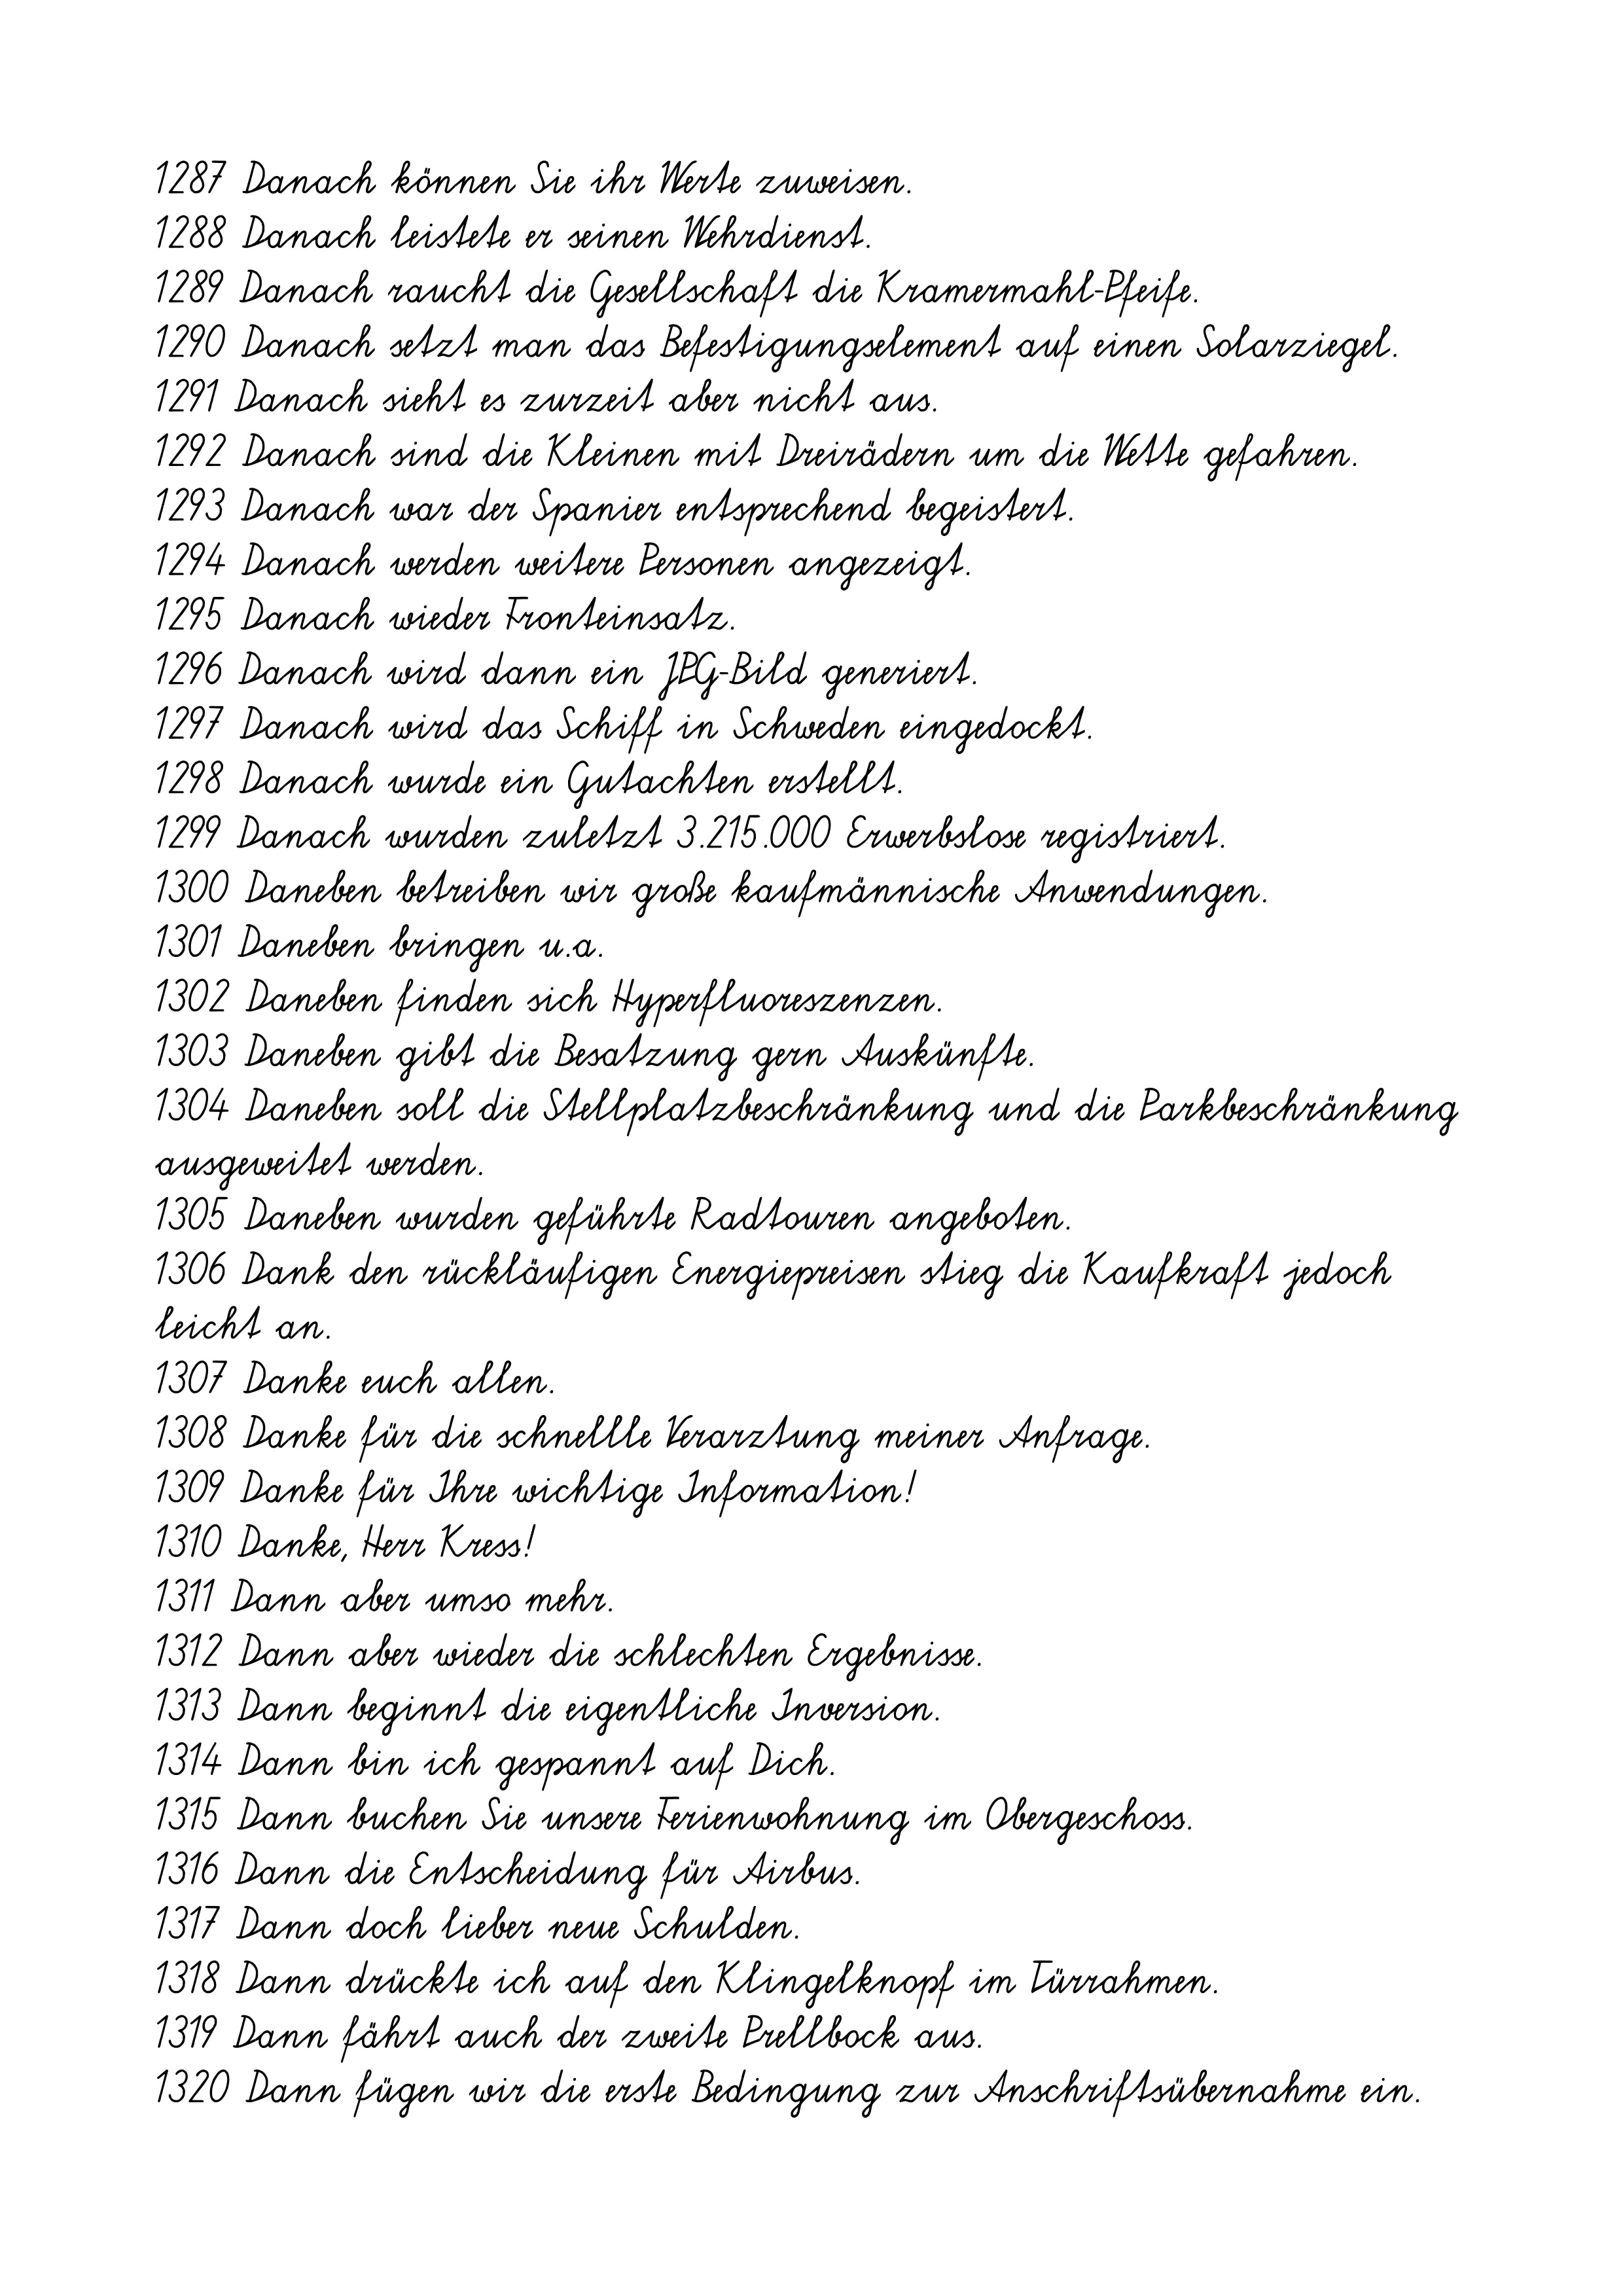
1287 Danach können Sie ihr Werte zuweisen.
1288 Danach leistete er seinen Wehrdienst.
1289 Danach raucht die Gesellschaft die Kramermahl-Pfeife.
1290 Danach setzt man das Befestigungselement auf einen Solarziegel.
1291 Danach sieht es zurzeit aber nicht aus.
1292 Danach sind die Kleinen mit Dreirädern um die Wette gefahren.
1293 Danach war der Spanier entsprechend begeistert.
1294 Danach werden weitere Personen angezeigt.
1295 Danach wieder Fronteinsatz.
1296 Danach wird dann ein JPG-Bild generiert.
1297 Danach wird das Schiff in Schweden eingedockt.
1298 Danach wurde ein Gutachten erstellt.
1299 Danach wurden zuletzt 3.215.000 Erwerbslose registriert.
1300 Daneben betreiben wir große kaufmännische Anwendungen.
1301 Daneben bringen u.a.
1302 Daneben finden sich Hyperfluoreszenzen.
1303 Daneben gibt die Besatzung gern Auskünfte.
1304 Daneben soll die Stellplatzbeschränkung und die Parkbeschränkung
ausgeweitet werden.
1305 Daneben wurden geführte Radtouren angeboten.
1306 Dank den rückläufigen Energiepreisen stieg die Kaufkraft jedoch
leicht an.
1307 Danke euch allen.
1308 Danke für die schnellle Verarztung meiner Anfrage.
1309 Danke für Ihre wichtige Information!
1310 Danke, Herr Kress!
1311 Dann aber umso mehr.
1312 Dann aber wieder die schlechten Ergebnisse.
1313 Dann beginnt die eigentliche Inversion.
1314 Dann bin ich gespannt auf Dich.
1315 Dann buchen Sie unsere Ferienwohnung im Obergeschoss.
1316 Dann die Entscheidung für Airbus.
1317 Dann doch lieber neue Schulden.
1318 Dann drückte ich auf den Klingelknopf im Türrahmen.
1319 Dann fährt auch der zweite Prellbock aus.
1320 Dann fügen wir die erste Bedingung zur Anschriftsübernahme ein.